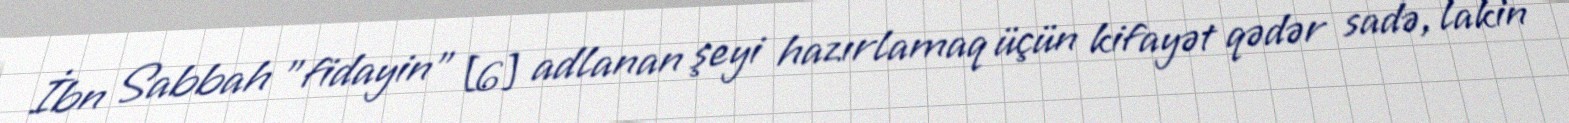
İbn Sabbah "fidayin" [6] adlanan şeyi hazırlamaq üçün kifayət qədər sadə, lakin